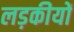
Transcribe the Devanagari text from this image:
लड़कीयों